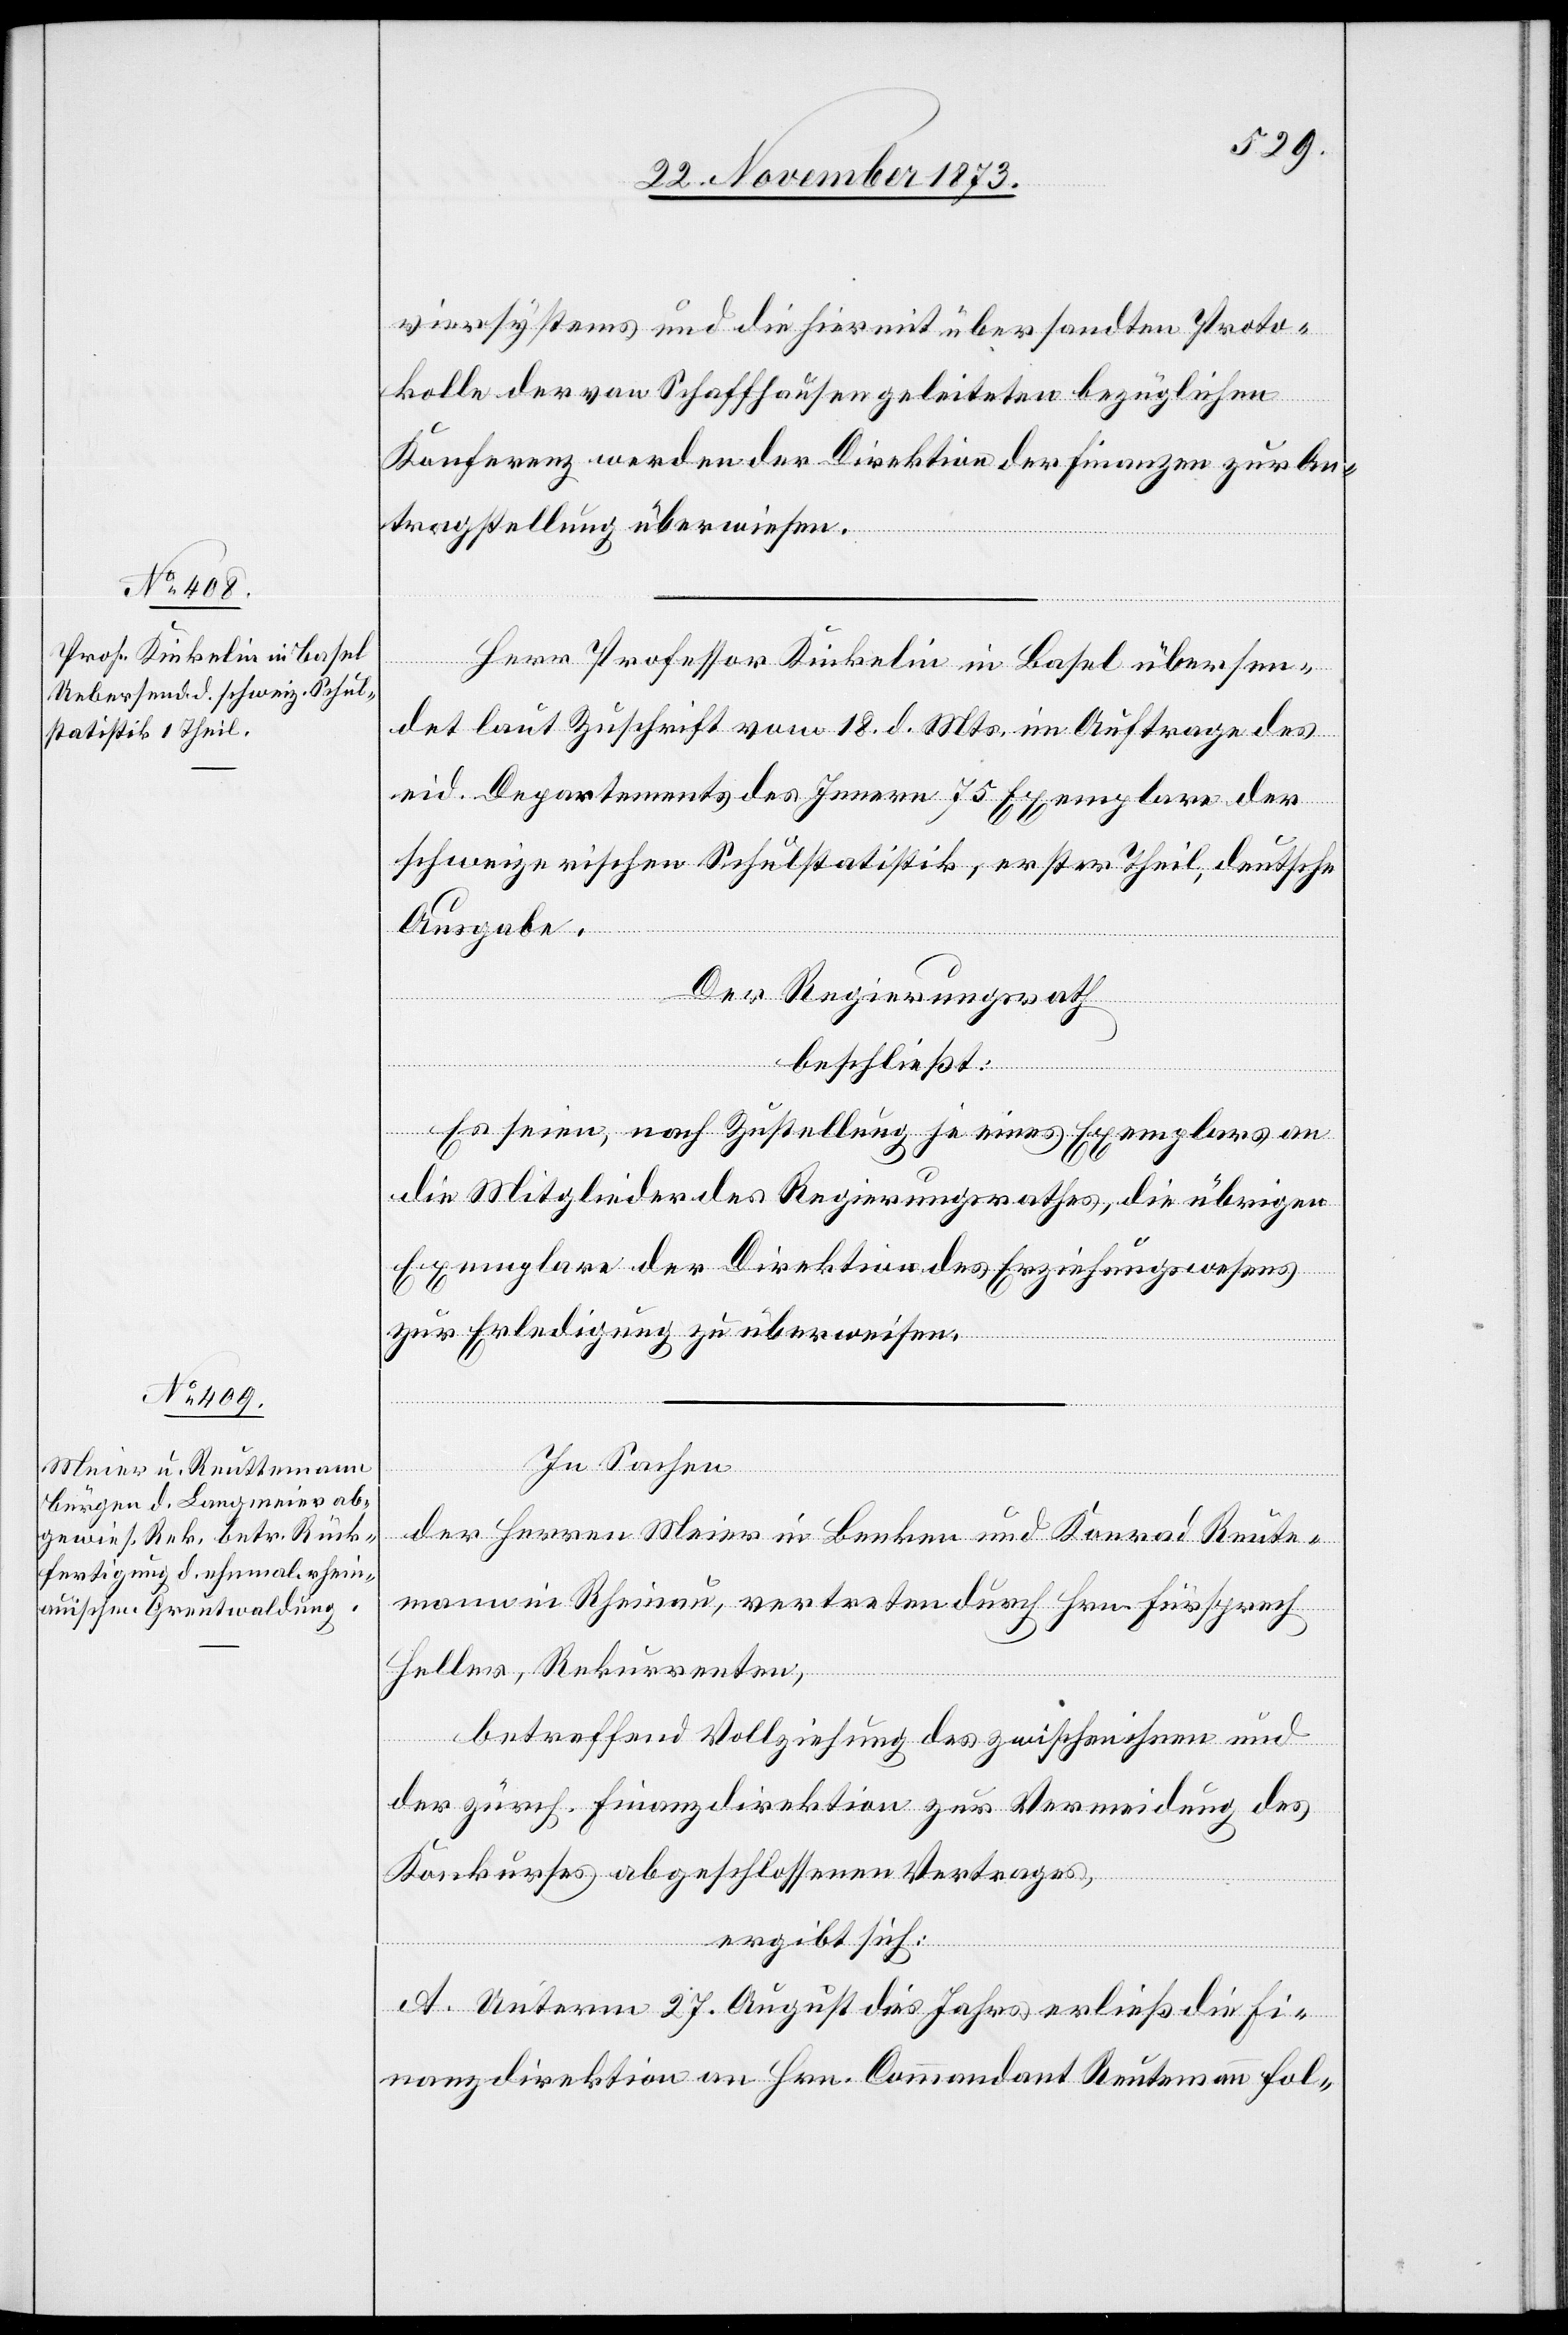
viersystems und die hiermit übersandten Proto¬
kolle der von Schaffhausen geleiteten bezüglichen
Konferenz werden der Direktion der Finanzen zur An¬
tragstellung überwiesen.
Herr Professor Kinkelin in Basel übersen¬
det laut Zuschrift vom 18. d. Mts. im Auftrage des
eid. Departements des Innern 75 Exemplare der
schweizerischen Schulstatistik, erster Theil, deutsche
Ausgabe.
Der Regierungsrath
beschließt:
Es seien, nach Zustellung je eines Exemplars an
die Mitglieder des Regierungsrathes, die übrigen
Exemplare der Direktion des Erziehungswesens
zur Erledigung zu überweisen.
In Sachen
der Herren Meier in Benken und Konrad Reute¬
in Rheinau, vertreten durch Hrn. Fürsprech
Heller, Rekurrenten,
mann
betreffend Vollziehung des zwischen ihnen und
der zürch. Finanzdirektion zur Vermeidung des
Konkurses abgeschlossenen Vertrages,
ergibt sich:
A. Unterm 27. August dies Jahres erließ die Fi¬
nanzdirektion an Hrn. Commandant Reutemann fol-